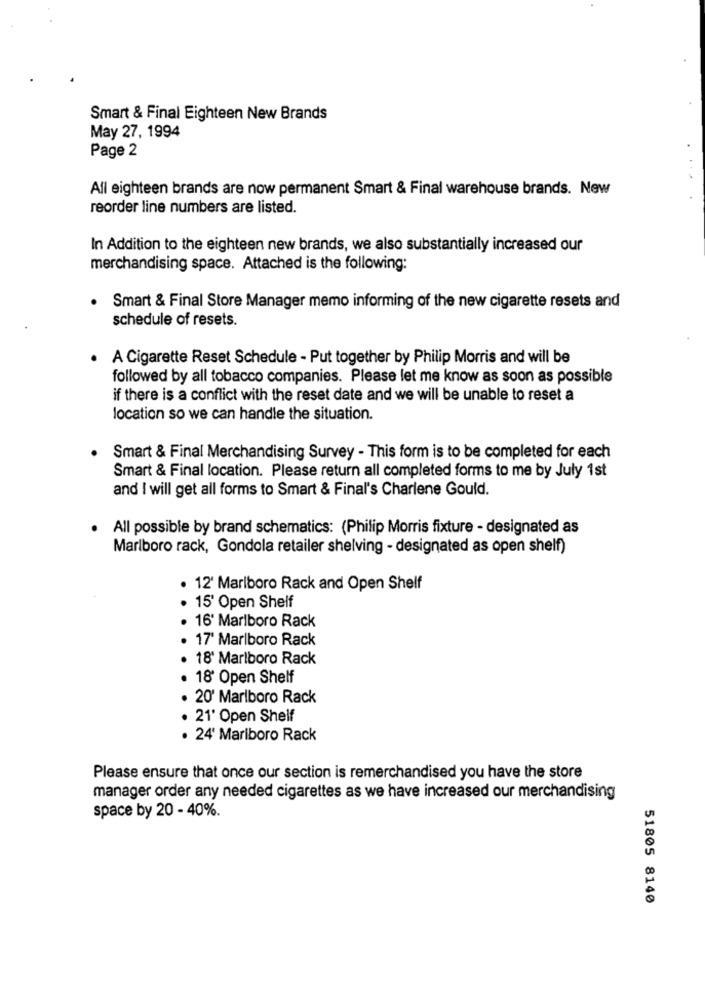
Smart & Final Eighteen New Brands
May 27, 1994
Page 2
All eighteen brands are now permanent Smart & Final warehouse brands. New
reorder line numbers are listed.
In Addition to the eighteen new brands, we also substantially increased our
merchandising space. Attached is the following:
Smart & Final Store Manager memo informing of the new cigarette resets and
schedule of resets.
A Cigarette Reset Schedule - Put together by Philip Morris and will be
followed by all tobacco companies. Please let me know as soon as possible
if there is a conflict with the reset date and we will be unable to reset a
location so we can handle the situation.
Smart & Final Merchandising Survey - This form is to be completed for each
Smart & Final location. Please return all completed forms to me by July 1st
and I will get all forms to Smart & Final's Charlene Gould.
All possible by brand schematics: (Philip Morris fixture - designated as
Marlboro rack, Gondola retailer shelving - designated as open shelf)
· 12' Marlboro Rack and Open Shelf
· 15' Open Shelf
16' Marlboro Rack
. 17' Marlboro Rack
. 18' Marlboro Rack
18' Open Shelf
· 20' Marlboro Rack
· 21' Open Shelf
. 24' Marlboro Rack
Please ensure that once our section is remerchandised you have the store
manager order any needed cigarettes as we have increased our merchandising
space by 20 - 40%.
51805 8140